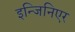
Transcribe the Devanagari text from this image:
इन्जिनिएर